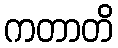
ကတာတိ